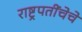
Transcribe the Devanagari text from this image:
राष्ट्रपतींचेचे